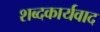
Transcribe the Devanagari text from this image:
शब्दकार्यवाद